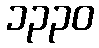
၁၃၃၀